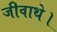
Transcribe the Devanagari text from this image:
जीवाथे।